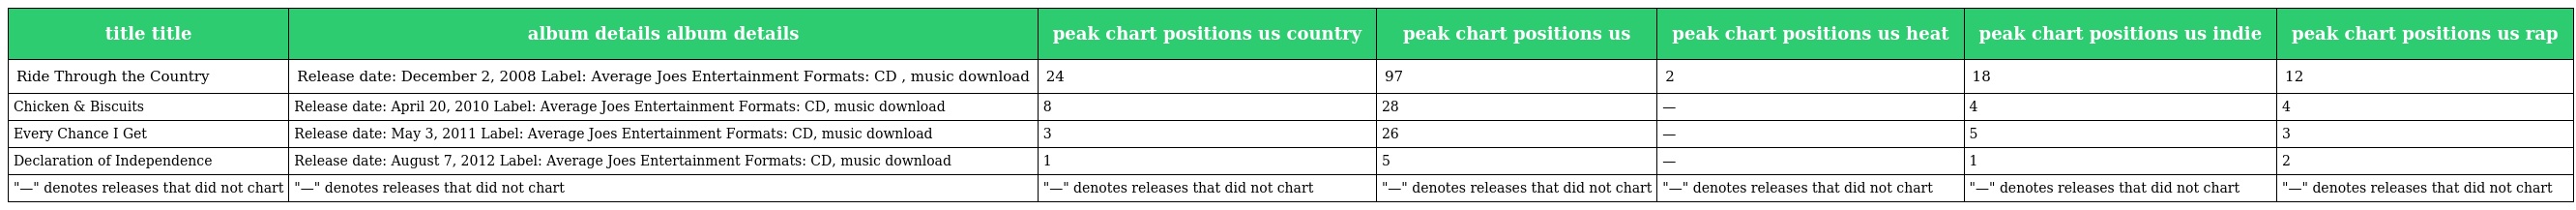
| title title | album details album details | peak chart positions us country | peak chart positions us | peak chart positions us heat | peak chart positions us indie | peak chart positions us rap |
 | --- | --- | --- | --- | --- | --- | --- |
 | Ride Through the Country | Release date: December 2, 2008 Label: Average Joes Entertainment Formats: CD , music download | 24 | 97 | 2 | 18 | 12 |
 | Chicken & Biscuits | Release date: April 20, 2010 Label: Average Joes Entertainment Formats: CD, music download | 8 | 28 | — | 4 | 4 |
 | Every Chance I Get | Release date: May 3, 2011 Label: Average Joes Entertainment Formats: CD, music download | 3 | 26 | — | 5 | 3 |
 | Declaration of Independence | Release date: August 7, 2012 Label: Average Joes Entertainment Formats: CD, music download | 1 | 5 | — | 1 | 2 |
 | "—" denotes releases that did not chart | "—" denotes releases that did not chart | "—" denotes releases that did not chart | "—" denotes releases that did not chart | "—" denotes releases that did not chart | "—" denotes releases that did not chart | "—" denotes releases that did not chart |